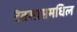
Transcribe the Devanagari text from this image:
टेक्सासमधिल